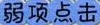
弱项点击